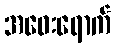
အဝေးရောက်